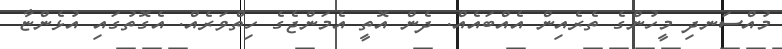
މުއްސަނދި މީހުންގެ ތެރެއިން އެއްބައެއް. ދެން އޮތީ އެމަންޖެގެ ހިތްވަރެއް. އެގޮތުގައި އުޅެންޏާ